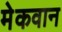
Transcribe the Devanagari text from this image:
मेकवान